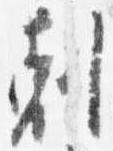
剋